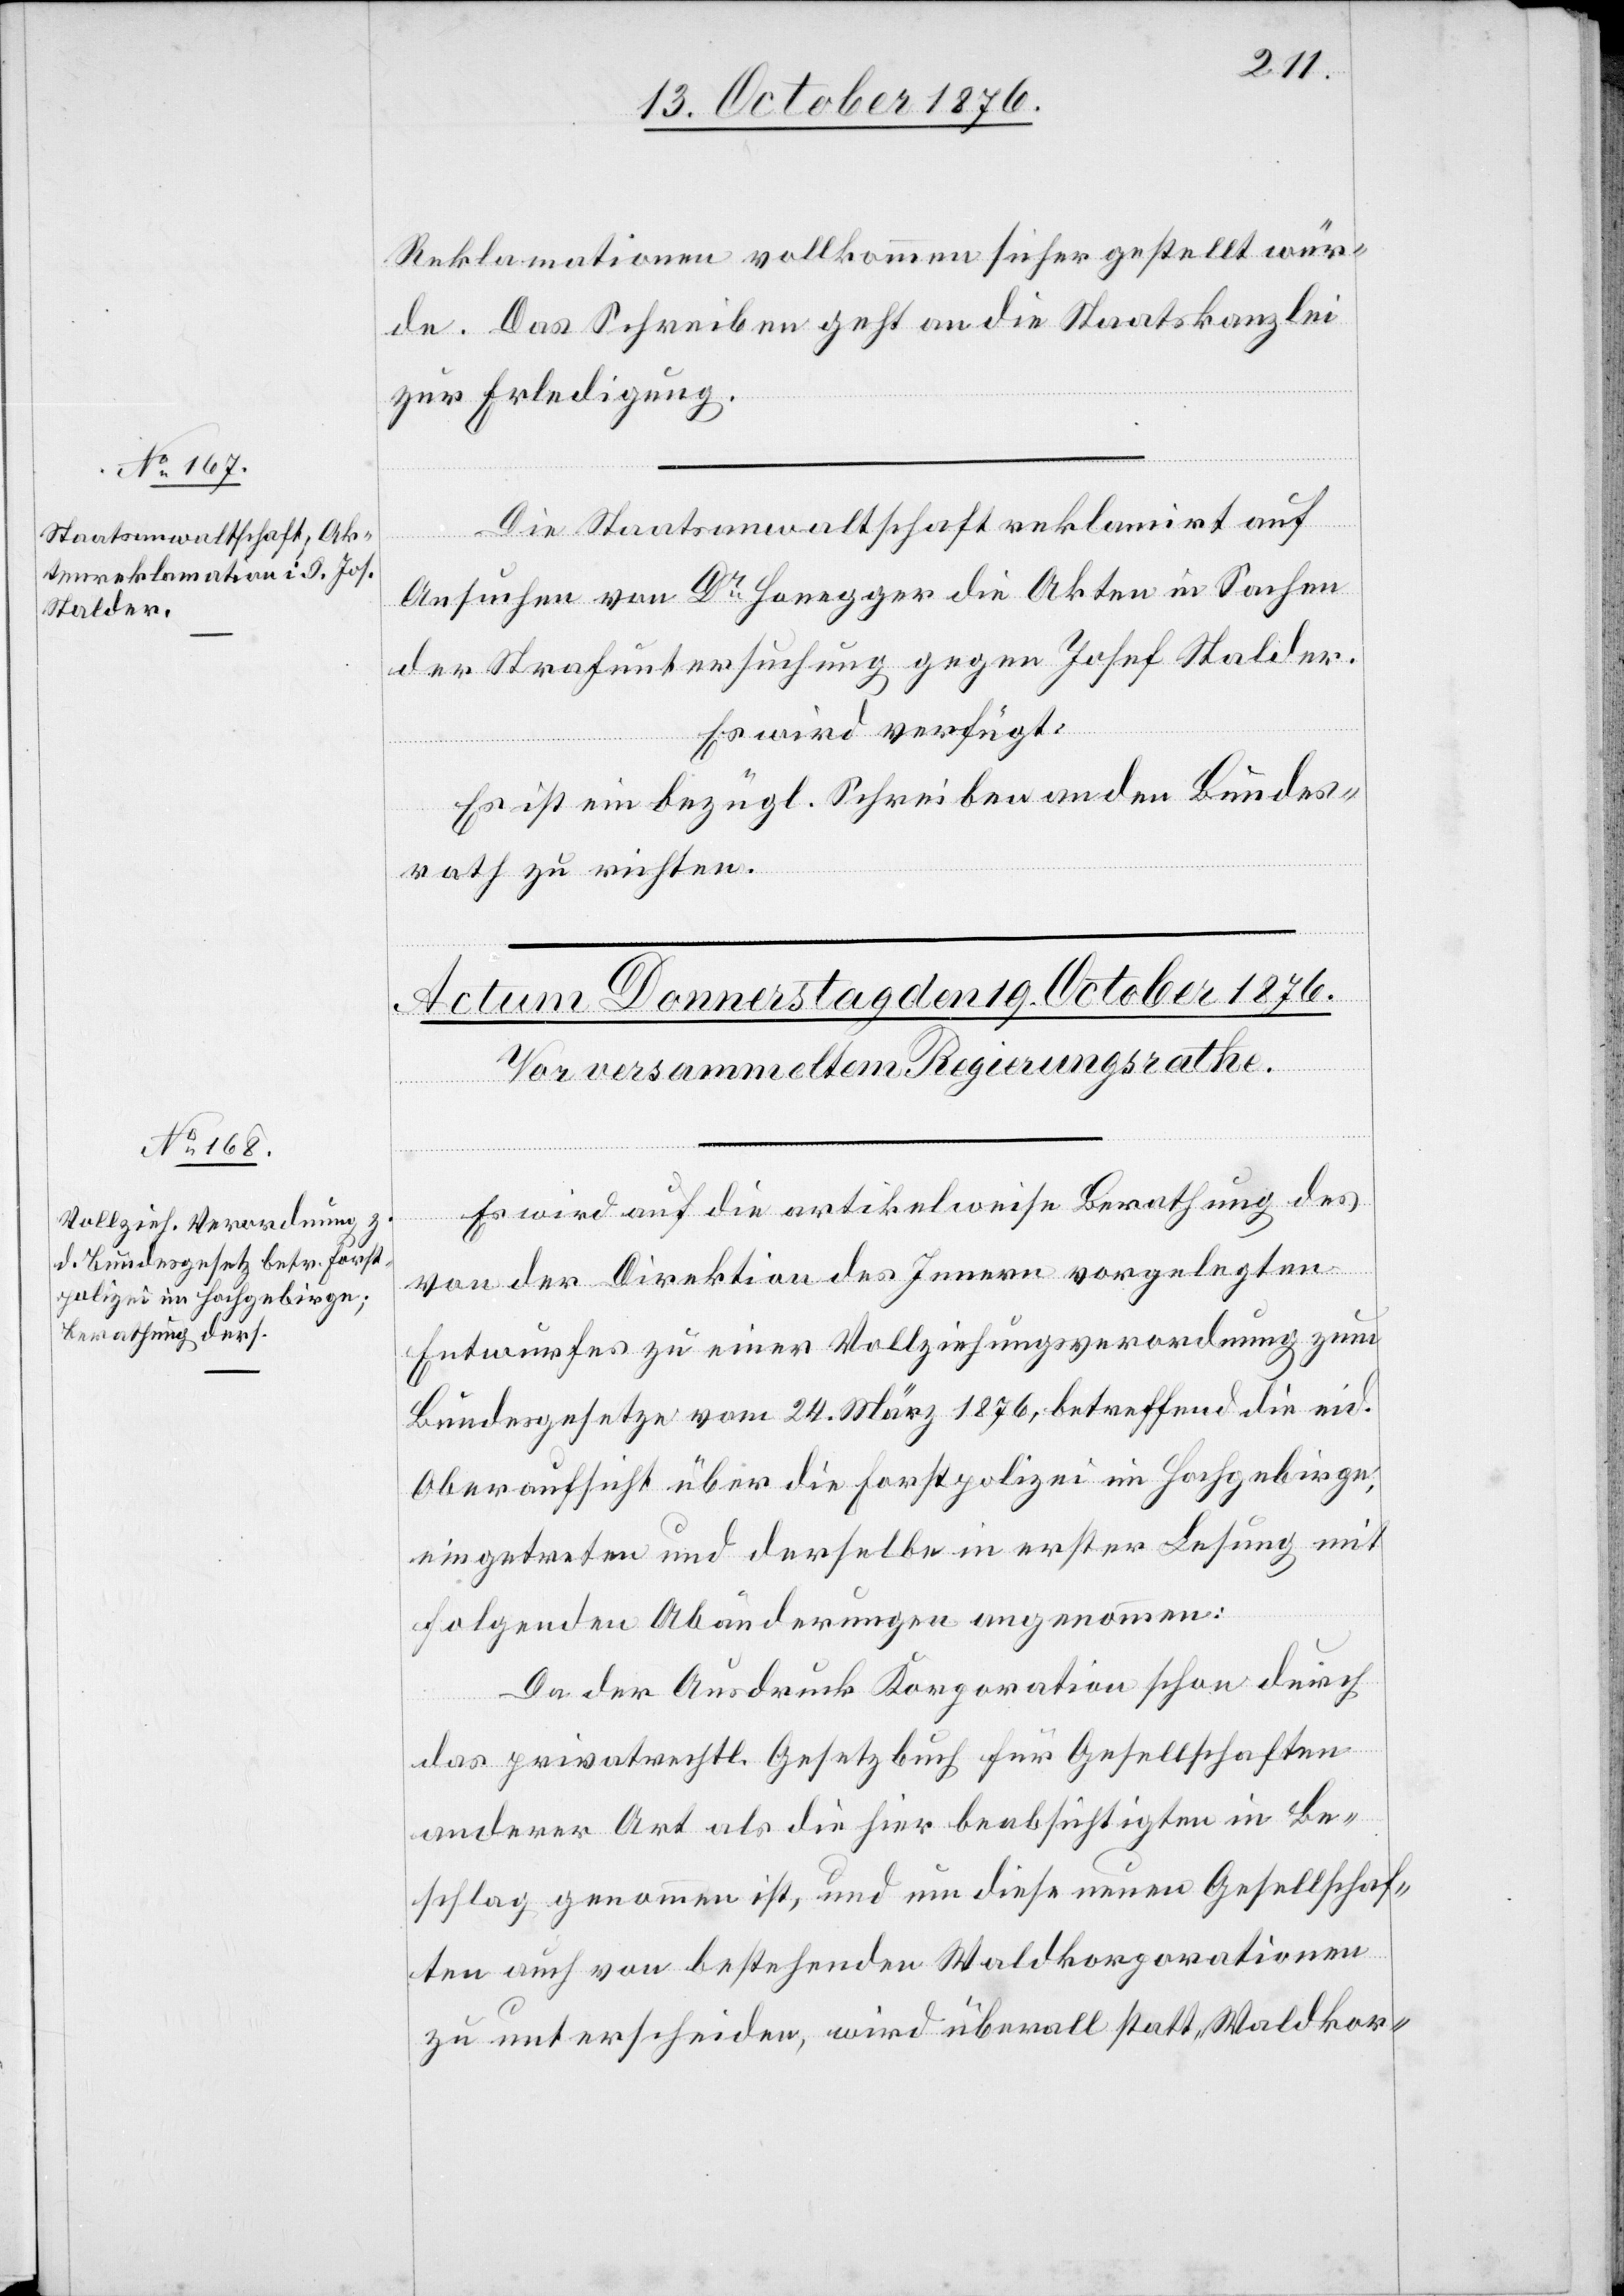
17. October 1876.]
Reklamationen vollkommen sicher gestellt wür¬
de. Das Schreiben geht an die Staatskanzlei
zur Erledigung.
Die Staatsanwaltschaft reklamirt auf
Ansuchen von Dr Honegger die Akten in Sachen
der Strafuntersuchung gegen Josef Stalder.
Es wird verfügt:
Es ist ein bezügl. Schreiben an den Bundes¬
rath zu richten.
Es wird auf die artikelweise Berathung des
von der Direktion des Innern vorgelegten
Entwurfes zu einer Vollziehungsverordnung zum
Bundesgesetze vom 24. März 1876, betreffend die eid.
Oberaufsicht über die Forstpolizei im Hochgebirge
eingetreten und derselbe in erster Lesung mit
folgenden Abänderungen angenommen:
Da der Ausdruck Korporation schon durch
das privatrechtl. Gesetzbuch für Gesellschaften
anderer Art als die hier beabsichtigten in Be¬
schlag genommen ist, und um diese neuen Gesellschaf¬
ten auch von bestehenden Waldkorporationen
zu unterscheiden, wird überall statt „Waldkor-